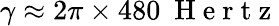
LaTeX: \gamma\approx 2\pi\times 480~\mathrm{~H~e~r~t~z~}